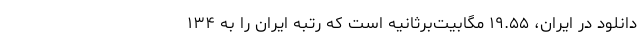
دانلود در ایران، ۱۹.۵۵ مگابیت‌برثانیه است که رتبه ایران را به ۱۳۴